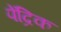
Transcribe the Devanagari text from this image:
पेंद्रिक